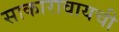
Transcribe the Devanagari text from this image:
साकारावायची